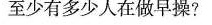
至少有多少人在做早操?